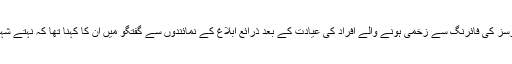
سیالکوٹ کے فوجی اسپتال میں داخل بھارتی فورسز کی فائرنگ سے زخمی ہونے والے افراد کی عیادت کے بعد ذرائع ابلاغ کے نمائندوں سے گفتگو میں ان کا کہنا تھا کہ نہتے شہریوں کو نشانہ بنایا جانا انتہائی بزدلانہ فعل ہے۔